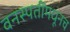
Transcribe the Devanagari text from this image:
वनस्पतींमधूनच